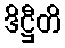
ဒိဋ္ဌီတိ